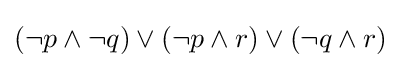
(\lnot p\land \lnot q)\lor (\lnot p\land r)\lor (\lnot q\land r)